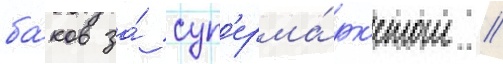
ба́ков за́ суп'ерма́рк'етом //